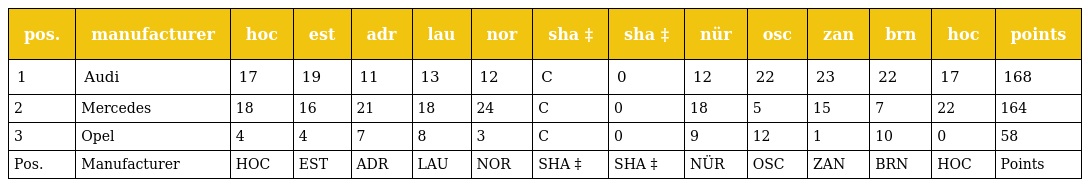
| pos. | manufacturer | hoc | est | adr | lau | nor | sha ‡ | sha ‡ | nür | osc | zan | brn | hoc | points |
 | --- | --- | --- | --- | --- | --- | --- | --- | --- | --- | --- | --- | --- | --- | --- |
 | 1 | Audi | 17 | 19 | 11 | 13 | 12 | C | 0 | 12 | 22 | 23 | 22 | 17 | 168 |
 | 2 | Mercedes | 18 | 16 | 21 | 18 | 24 | C | 0 | 18 | 5 | 15 | 7 | 22 | 164 |
 | 3 | Opel | 4 | 4 | 7 | 8 | 3 | C | 0 | 9 | 12 | 1 | 10 | 0 | 58 |
 | Pos. | Manufacturer | HOC | EST | ADR | LAU | NOR | SHA ‡ | SHA ‡ | NÜR | OSC | ZAN | BRN | HOC | Points |